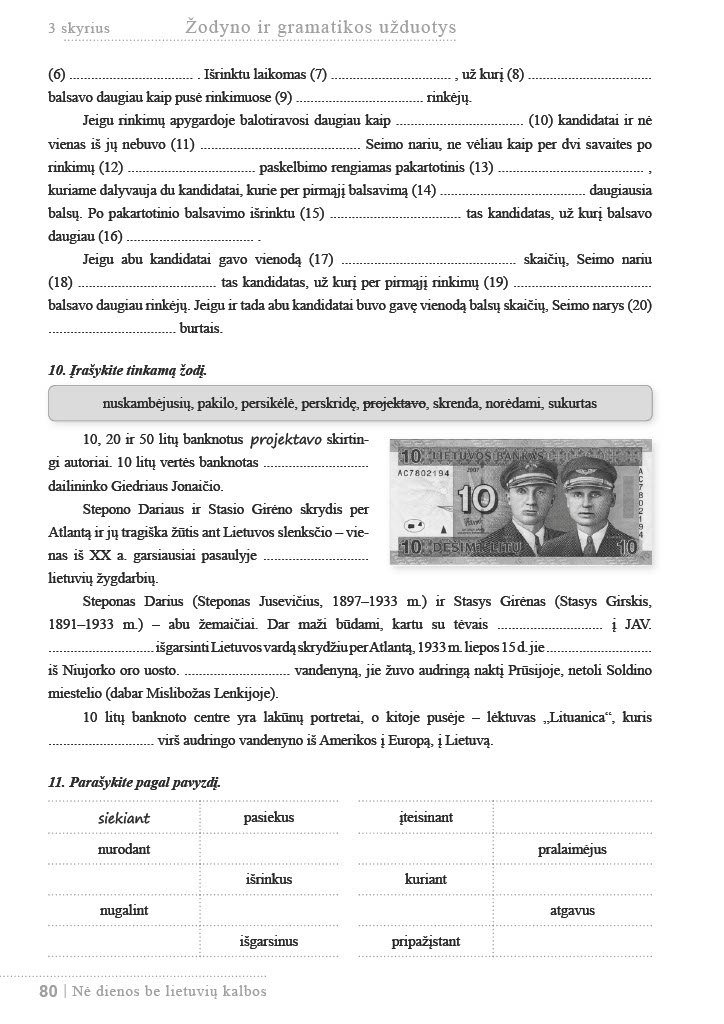
Language: lt